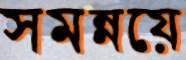
সমন্নয়ে